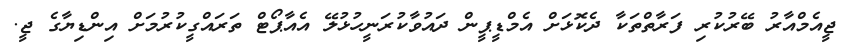
ޖީއެމްއާރު ބޭރުކުރި ފަރާތްތަކާ ދެކޮޅަށް އެމްޑީޕީން ދައުވާކުރަނީހުޅުލޭ އެއާޕޯޓް ތަރައްގީކުރުމަށް އިންޑިޔާގެ ޖީ.